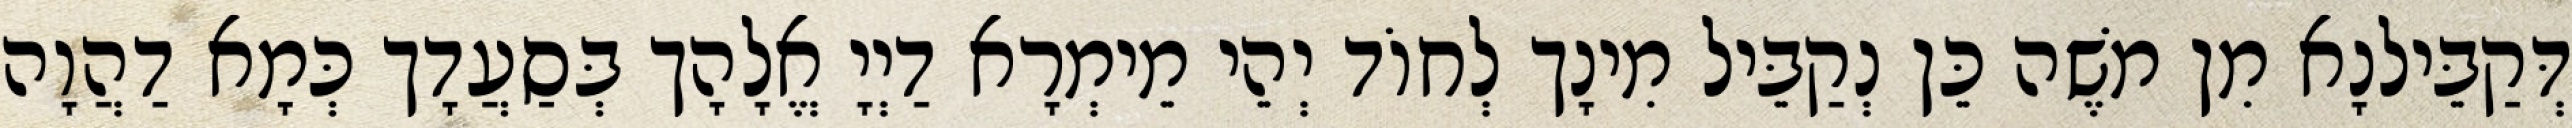
דְּקַבֵּילנָא מִן מֹשֶׁה כֵּן נְקַבֵּיל מִינָך לְחוֹד יְהֵי מֵימְרָא דַיְיָ אֱלָהָך בְּסַעֲדָך כְּמָא דַהֲוָה